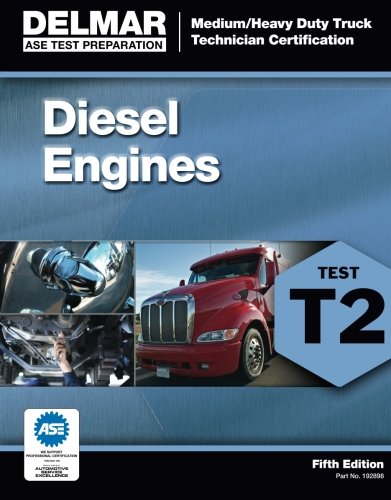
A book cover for ASE Test Preparation - T2 Diesel Engines (ASE Test Prep for Medium/Heavy Duty Truck: Diesel Engine Test T2); Cengage Learning Delmar; Test Preparation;